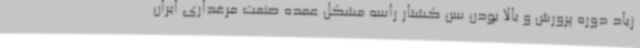
زیاد دوره پرورش و بالا بودن سن کشتار راسه مشکل عمده صنعت مرغداری ایران